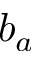
b _ { a }